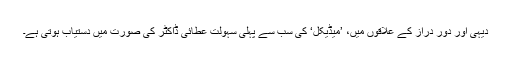
دیہی اور دُور دراز کے علاقوں میں، ’میڈیکل‘ کی سب سے پہلی سہولت عطائی ڈاکٹر کی صورت میں دستیاب ہوتی ہے۔